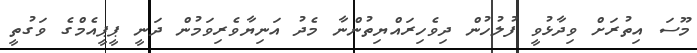
މޫސަ އިތުރަށް ވިދާޅުވީ ފުލުހުން ދިވެހިރައްޔިތުންނާ މެދު އަނިޔާވެރިވަމުން ދަނީ ޕީޕީއެމްގެ ވަގުތީ